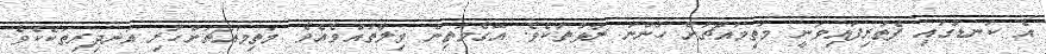
އެ ކަނޑުގައި ފެތުރިފައިވަނީ މަތިމައްޗަށް ހުންނަ ރާޅުތަކެވެ. އޭގެމަތިން ވިލާތައްވެއެވެ. މަތިމައްޗަށްހުރި އަނދިރިތަކެކެވެ.